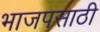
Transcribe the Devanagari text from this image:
भाजपसाठी